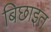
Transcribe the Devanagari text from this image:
बिछाइत